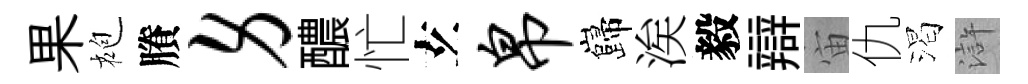
果袍賸身醲忙𤣥帛巋涘毅辯宙仇渴滸